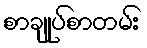
စာချုပ်စာတမ်း